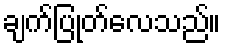
ချက်ပြုတ်လေသည်။